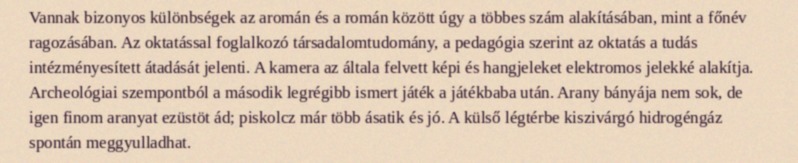
Vannak bizonyos különbségek az aromán és a román között úgy a többes szám alakításában, mint a főnév ragozásában. Az oktatással foglalkozó társadalomtudomány, a pedagógia szerint az oktatás a tudás intézményesített átadását jelenti. A kamera az általa felvett képi és hangjeleket elektromos jelekké alakítja. Archeológiai szempontból a második legrégibb ismert játék a játékbaba után. Arany bányája nem sok, de igen finom aranyat ezüstöt ád; piskolcz már több ásatik és jó. A külső légtérbe kiszivárgó hidrogéngáz spontán meggyulladhat.